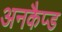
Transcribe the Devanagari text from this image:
अनकैप्ड